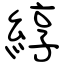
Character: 綧